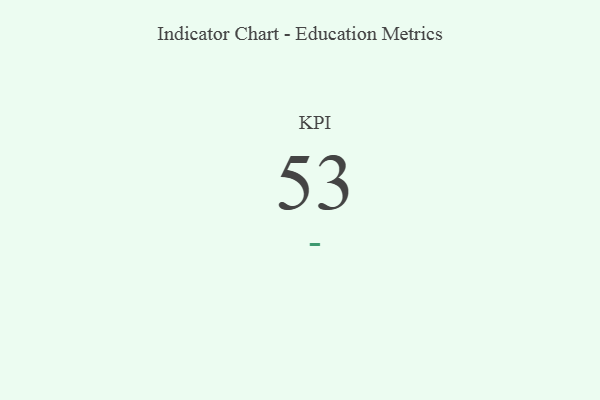
{"axis": {"x": "KPI", "y": "Value"}, "legend": [""], "data": [{"x": "KPI", "y": 53, "type": ""}]}